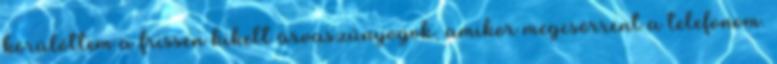
körülöttem a frissen kikelt árvaszúnyogok, amikor megcsörrent a telefonom.